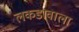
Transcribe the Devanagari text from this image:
लकडावाला